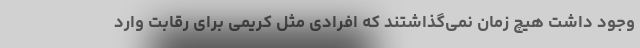
وجود داشت هیچ زمان نمی‌گذاشتند که افرادی مثل کریمی برای رقابت وارد